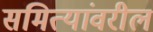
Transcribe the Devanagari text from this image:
समित्यांवरील